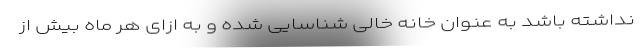
نداشته باشد به عنوان خانه خالی شناسایی شده و به ازای هر ماه بیش از